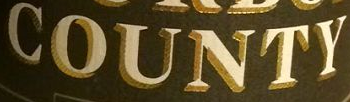
COUNTY